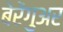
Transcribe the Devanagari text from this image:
बेरेंगुअर